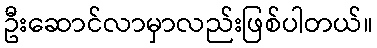
ဦးဆောင်လာမှာလည်းဖြစ်ပါတယ်။